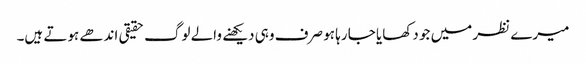
میرے نظر میں جو دکھایا جا رہا ہو صرف وہی دیکھنے والے لوگ حقیقی اندھے ہوتے ہیں۔